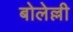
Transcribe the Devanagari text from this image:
बोलेल्ली